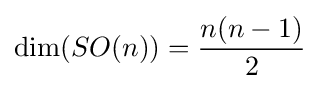
\dim(SO(n))={\frac {n(n-1)}{2}}